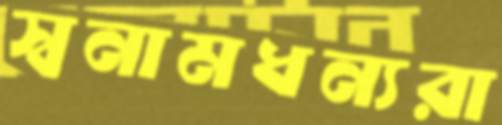
স্বনামধন্যরা